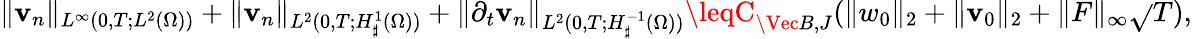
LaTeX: \| \mathbf{v}_{n}\| _{L^{\infty}(0,T;L^{2}(\Omega))}+\| \mathbf{v}_{n}\| _{L^{2}(0,T;H_{\sharp}^{1}(\Omega))}+\| \partial_{t}\mathbf{v}_{n}\| _{L^{2}(0,T;H_{\sharp}^{-1}(\Omega))}\leqC_{\Vec{B},J}(\| w_{0}\| _{2}+\| \mathbf{v}_{0}\| _{2}+\| F\| _{\infty}\sqrt{}{{T}}),